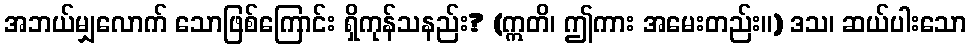
အဘယ်မျှလောက် သောဖြစ်ကြောင်း ရှိကုန်သနည်း? (ဣတိ၊ ဤကား အမေးတည်း။) ဒသ၊ ဆယ်ပါးသော